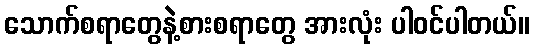
သောက်စရာတွေနဲ့စားစရာတွေ အားလုံး ပါဝင်ပါတယ်။